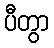
ပီတွာ